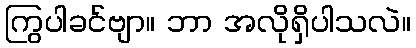
ကြွပါခင်ဗျာ။ ဘာ အလိုရှိပါသလဲ။